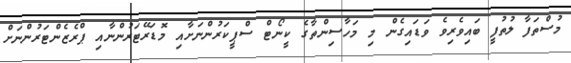
މުސްތަފާ ލުތުފީ ބައިވެރިވެ ވަޑައިގެން މި މަހާސިންތާގެ ކީނޯޓް ސްޕީކަރުންނަށާއި މޮޑަރޭޓަރުންނާއި ޕްރެޒެންޓަރުންނަށް